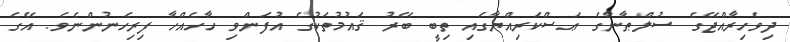
ދިވެހިރާއްޖޭގެ ސުލްޠާނާގެ ޢަސްކަރިއްޔާގައި ތިބީ ބޭރު ޤައުމުތަކުގެ އުފަންވި ހާހެއްހާ ފިރިހެނުންނެވެ. އޭގެ